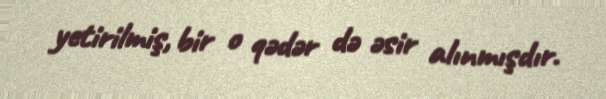
yetirilmiş, bir o qədər də əsir alınmışdır.